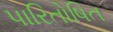
પારિતોષિત